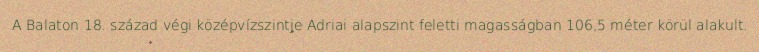
A Balaton 18. század végi középvízszintje Adriai alapszint feletti magasságban 106,5 méter körül alakult.